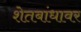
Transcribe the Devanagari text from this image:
शेतबांधावर